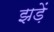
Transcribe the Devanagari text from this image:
झड़ें